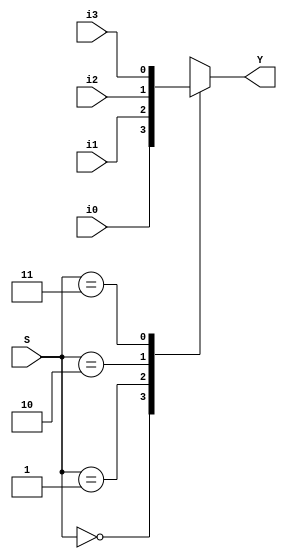
module m41(
    input i0,
    input i1,
    input i2,
    input i3,
    input [1:0]S,
    output reg Y
);

always @(i0 or i1 or i2 or i3 or S)
    case(S)
        2'b00: Y <= i0;
        2'b01: Y <= i1;
        2'b10: Y <= i2;
        2'b11: Y <= i3;  
    endcase



endmodule